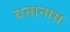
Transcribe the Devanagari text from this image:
बनानास